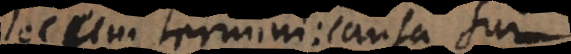
locum termini: causa sui